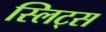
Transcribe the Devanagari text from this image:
स्लिट्स